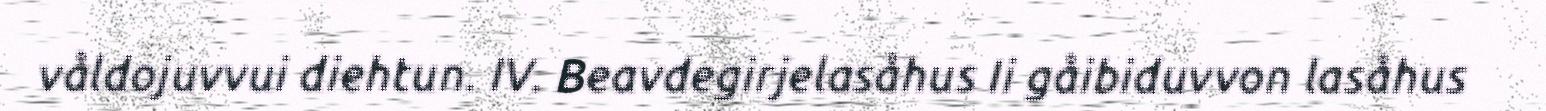
våldojuvvui diehtun. IV. Beavdegirjelasåhus Ii gåibiduvvon lasåhus